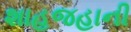
શાહજહાની